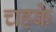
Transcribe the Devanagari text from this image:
चहके